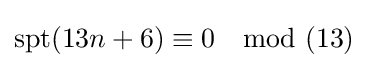
\mathrm {spt} (13n+6)\equiv 0\mod (13)